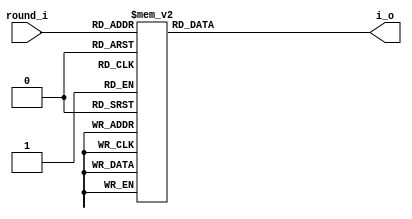
module ilut(round_i, i_o);
	input [0:5] round_i;	/* round 0-63 */
	output [0:3] i_o;	/* Message word. */

	reg [0:3] i_o;

	always @*
	begin
		case (round_i)
		00: i_o = 00;
		01: i_o = 01;
		02: i_o = 02;
		03: i_o = 03;
		04: i_o = 04;
		05: i_o = 05;
		06: i_o = 06;
		07: i_o = 07;
		08: i_o = 08;
		09: i_o = 09;
		10: i_o = 10;
		11: i_o = 11;
		12: i_o = 12;
		13: i_o = 13;
		14: i_o = 14;
		15: i_o = 15;
		16: i_o = 01;
		17: i_o = 06;
		18: i_o = 11;
		19: i_o = 00;
		20: i_o = 05;
		21: i_o = 10;
		22: i_o = 15;
		23: i_o = 04;
		24: i_o = 09;
		25: i_o = 14;
		26: i_o = 03;
		27: i_o = 08;
		28: i_o = 13;
		29: i_o = 02;
		30: i_o = 07;
		31: i_o = 12;
		32: i_o = 05;
		33: i_o = 08;
		34: i_o = 11;
		35: i_o = 14;
		36: i_o = 01;
		37: i_o = 04;
		38: i_o = 07;
		39: i_o = 10;
		40: i_o = 13;
		41: i_o = 00;
		42: i_o = 03;
		43: i_o = 06;
		44: i_o = 09;
		45: i_o = 12;
		46: i_o = 15;
		47: i_o = 02;
		48: i_o = 00;
		49: i_o = 07;
		50: i_o = 14;
		51: i_o = 05;
		52: i_o = 12;
		53: i_o = 03;
		54: i_o = 10;
		55: i_o = 01;
		56: i_o = 08;
		57: i_o = 15;
		58: i_o = 06;
		59: i_o = 13;
		60: i_o = 04;
		61: i_o = 11;
		62: i_o = 02;
		63: i_o = 09;
		endcase
	
	end
endmodule